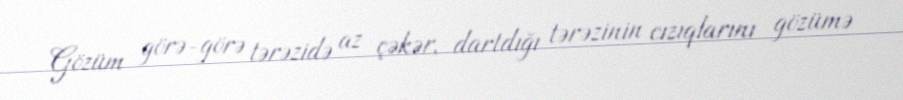
Gözüm görə-görə tərəzidə az çəkər, dartdığı tərəzinin cızıqlarını gözümə